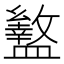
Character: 盭